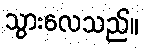
သွားလေသည်။